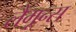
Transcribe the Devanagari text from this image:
लैगून्स